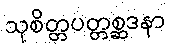
သုစိတ္တပတ္တစ္ဆဒနာ